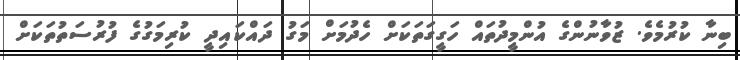
ބިނާ ކުރުމެވެ. ޒުވާނުންގެ އުންމީދުތައް ހަގީގަތަކަށް ހެދުމަށް މަގު ދައްކައިދީ ކުރިމަގުގެ ފުރުސަތުތަކަށް